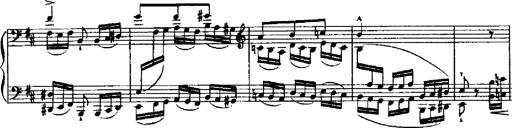
Title: RÃ©miniscences de Robert le diable
Composer: Franz Liszt